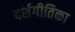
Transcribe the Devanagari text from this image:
दर्शगीतिका